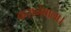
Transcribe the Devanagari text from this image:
करानेवाला।